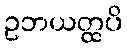
ဥဘယတ္ထပိ